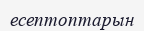
есептоптарын